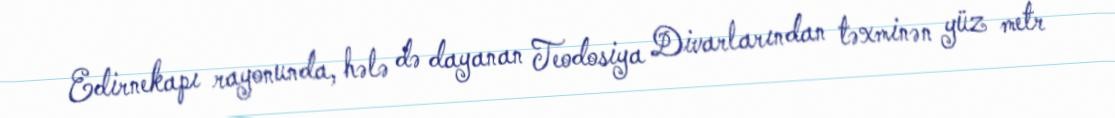
Edirnekapı rayonunda, hələ də dayanan Teodosiya Divarlarından təxminən yüz metr